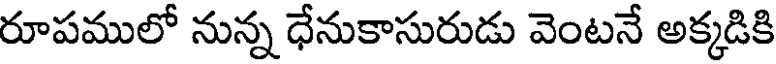
రూపములో నున్న ధేనుకాసురుడు వెంటనే అక్కడికి